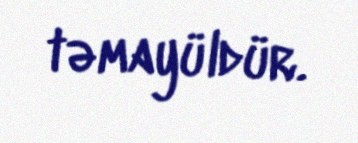
təmayüldür.